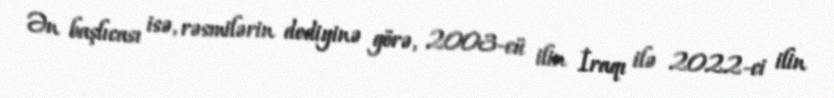
Ən başlıcası isə, rəsmilərin dediyinə görə, 2003-cü ilin İraqı ilə 2022-ci ilin